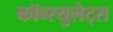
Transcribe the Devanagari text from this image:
कॉन्स्युलेट्स